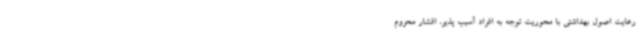
رعایت اصول بهداشتی با محوریت توجه به افراد آسیب پذیر، اقشار محروم